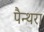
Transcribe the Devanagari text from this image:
पैन्थरा